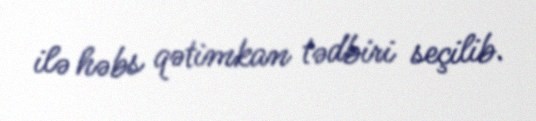
ilə həbs qətimkan tədbiri seçilib.